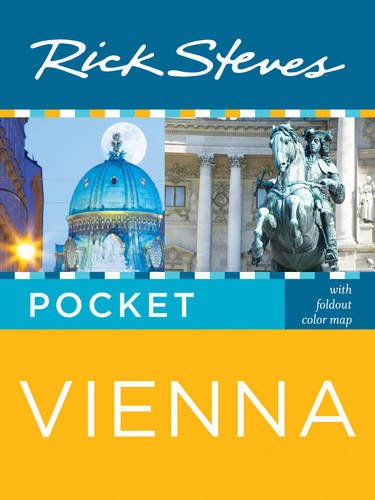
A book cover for Rick Steves Pocket Vienna; Rick Steves; Travel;